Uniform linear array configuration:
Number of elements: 48
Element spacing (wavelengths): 0.5
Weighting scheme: kaiser
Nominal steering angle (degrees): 45
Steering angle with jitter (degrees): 45.731
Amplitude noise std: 0.05
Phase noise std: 0.05

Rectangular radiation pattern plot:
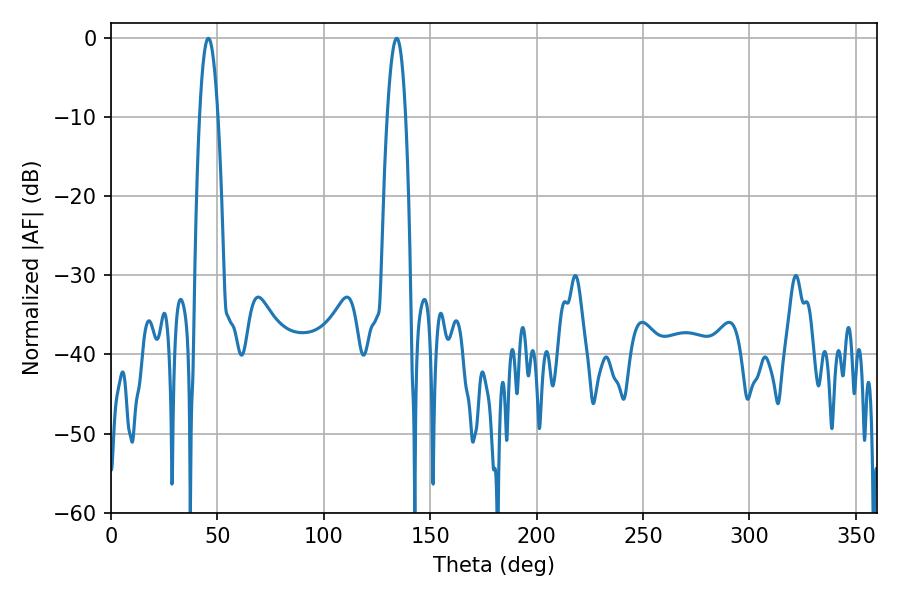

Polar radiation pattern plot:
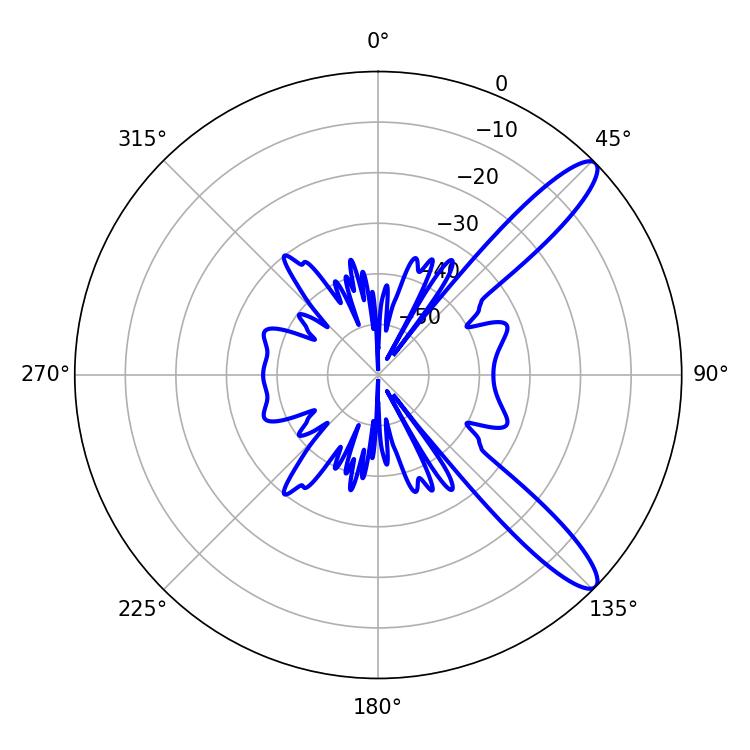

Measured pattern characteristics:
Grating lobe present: FALSE
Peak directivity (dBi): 11.895
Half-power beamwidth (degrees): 4.86
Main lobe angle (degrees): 45.72